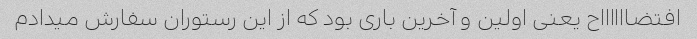
افتضااااااح یعنی اولین و آخرین باری بود که از این رستوران سفارش میدادم